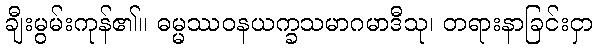
ချီးမွမ်းကုန်၏။ ဓမ္မဿဝနယက္ခသမာဂမာဒီသု၊ တရားနာခြင်းငှာ